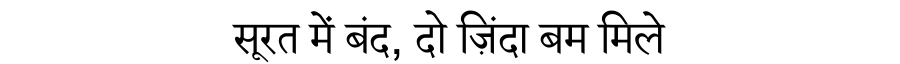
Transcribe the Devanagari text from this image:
सूरत में बंद, दो ज़िंदा बम मिले